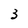
Character: 3